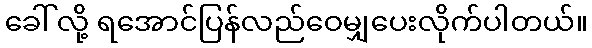
ခေါ်လို့ ရအောင်ပြန်လည်ဝေမျှပေးလိုက်ပါတယ်။